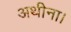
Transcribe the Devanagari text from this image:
अथीना।